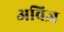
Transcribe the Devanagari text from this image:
अविज्ञ